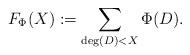
LaTeX: \begin{align*}F_{\Phi}(X) := \sum_{\deg(D) < X} \Phi(D).\end{align*}